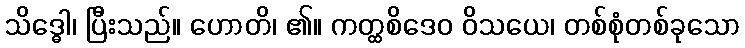
သိဒ္ဓေါ၊ ပြီးသည်။ ဟောတိ၊ ၏။ ကတ္ထစိဒေဝ ဝိသယေ၊ တစ်စုံတစ်ခုသော